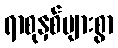
ရာစုနှစ်များစွာ